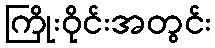
ကြိုးဝိုင်းအတွင်း